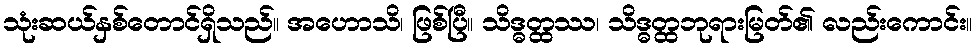
သုံးဆယ်နှစ်တောင်ရှိသည်။ အဟောသိ၊ ဖြစ်ပြီ။ သိဒ္ဓတ္ထဿ၊ သိဒ္ဓတ္ထဘုရားမြတ်၏ လည်းကောင်း။